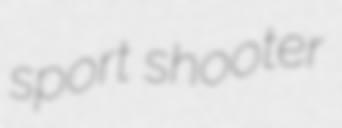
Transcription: sport shooter